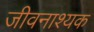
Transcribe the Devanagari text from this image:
जीवनाश्यक